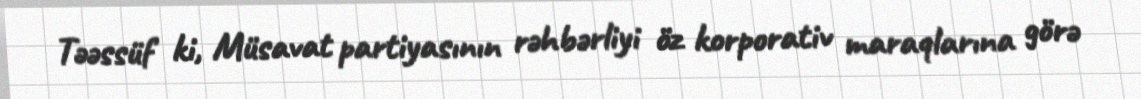
Təəssüf ki, Müsavat partiyasının rəhbərliyi öz korporativ maraqlarına görə